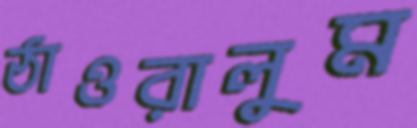
ঠাওরালুম